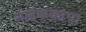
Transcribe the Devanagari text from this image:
नाईककांचा